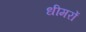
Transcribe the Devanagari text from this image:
धीमरों